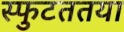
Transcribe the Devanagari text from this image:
स्फुटततया